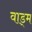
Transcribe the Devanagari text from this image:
वाड्म